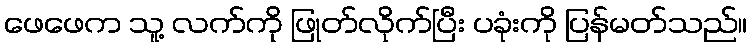
ဖေဖေက သူ့ လက်ကို ဖြုတ်လိုက်ပြီး ပခုံးကို ပြန်မတ်သည်။